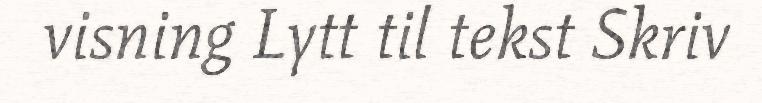
visning Lytt til tekst Skriv